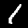
Digit: 1